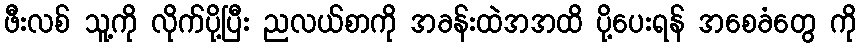
ဖီးလစ် သူ့ကို လိုက်ပို့ပြီး ညလယ်စာကို အခန်းထဲအအထိ ပို့ပေးရန် အစေခံတွေ ကို